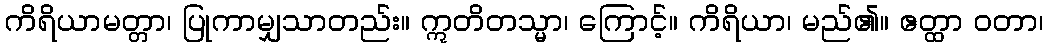
ကိရိယာမတ္တာ၊ ပြုကာမျှသာတည်း။ ဣတိတသ္မာ၊ ကြောင့်။ ကိရိယာ၊ မည်၏။ ဧတ္ထာ ဝတာ၊